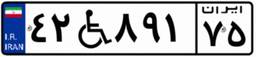
۰۴W۹۷۶۵۱